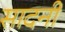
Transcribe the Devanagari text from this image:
सादनी